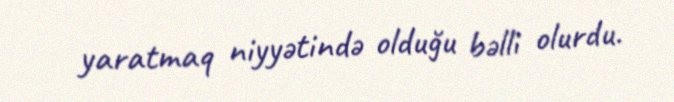
yaratmaq niyyətində olduğu bəlli olurdu.